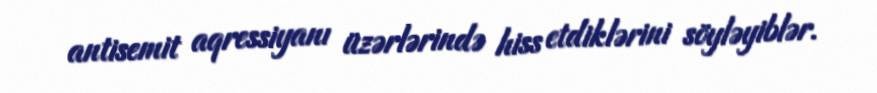
antisemit aqressiyanı üzərlərində hiss etdiklərini söyləyiblər.